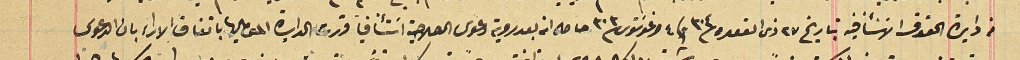
من دايرة الحقوق الاسَتئنافيه بتاريخ ٢٧ ذى القعده ٣٠٤ وفى ٤ اغوسَتوسَ ٣٠٣ حاصله انه بعد روية دعوى الصلاحية اسَتئنافاً قررت الدايره الموماليها باتفاق الاراء بان الدعوى